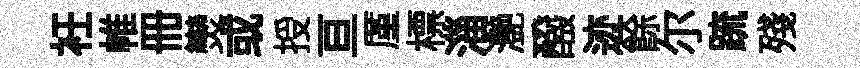
衽帷册𤓖或授亘厪標淄灔醱迹餘尓䟽殘